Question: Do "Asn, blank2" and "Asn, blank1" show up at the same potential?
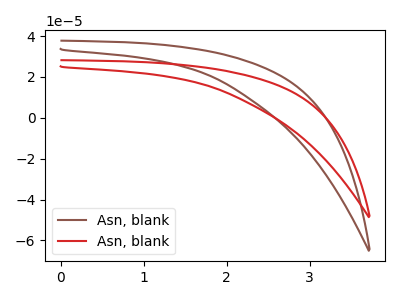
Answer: <think>The brown curve "Asn, blank1" has no peaks. The red curve "Asn, blank2" has no peaks.
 Neither "Asn, blank2" or "Asn, blank1" have any peaks.</think>
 <answer>"Asn, blank2" and "Asn, blank1" are similar in shape.</answer>
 <eval>same_shape</eval>